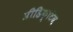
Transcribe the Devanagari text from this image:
प्रीडिक्टिव